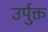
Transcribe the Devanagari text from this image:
उर्पुक्त